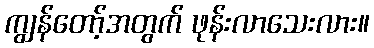
ကျွန်တော့်အတွက် ဖုန်းလာသေးလား။